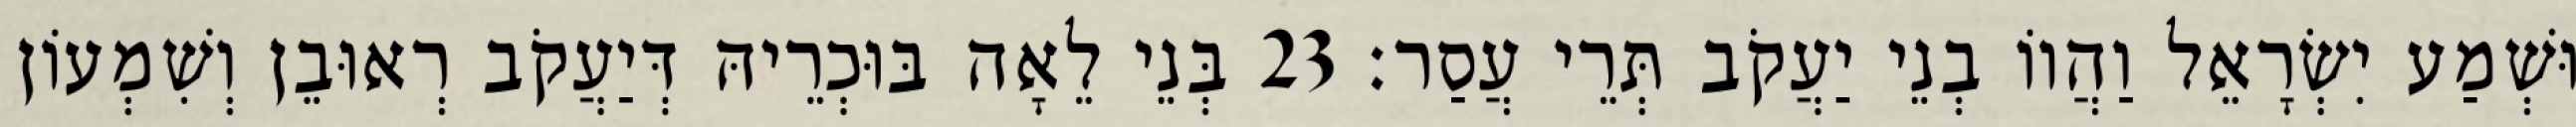
וּשְׁמַע יִשְׂרָאֵל וַהֲווֹ בְנֵי יַעֲקֹב תְּרֵי עֲסַר׃ 23 בְּנֵי לֵאָה בּוּכְרֵיהּ דְּיַעֲקֹב רְאוּבֵן וְשִׁמְעוֹן